Elephants and their diseases
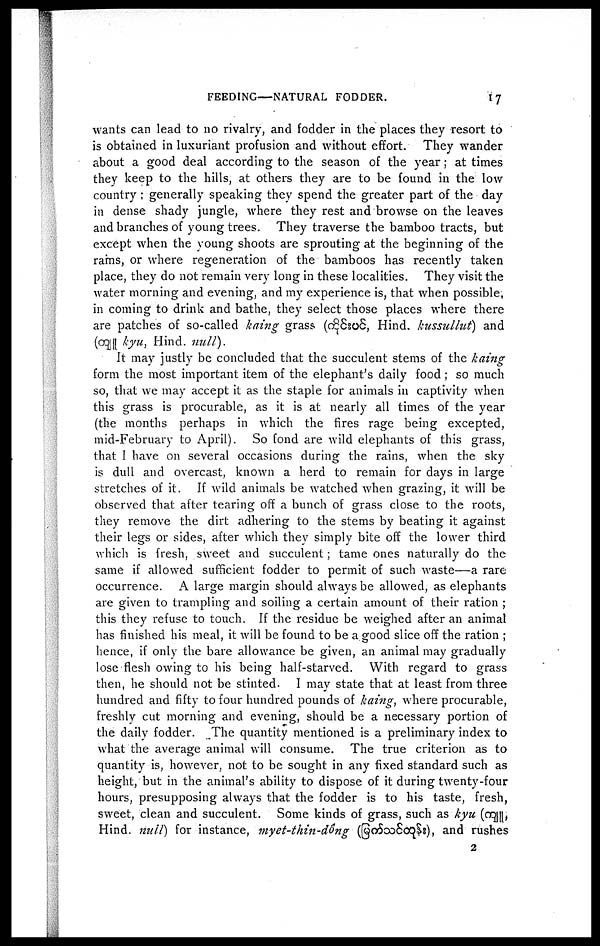
FEEDING—NATURAL FODDER.
17
wants can lead to no rivalry, and fodder in the places they resort to
is obtained in luxuriant profusion and without effort. They wander
about a good deal according to the season of the year; at times
they keep to the hills, at others they are to be found in the low
country ; generally speaking they spend the greater part of the day
in dense shady jungle, where they rest and browse on the leaves
and branches of young trees. They traverse the bamboo tracts, but
except when the young shoots are sprouting at the beginning of the
rains, or where regeneration of the bamboos has recently taken
place, they do not remain very long in these localities. They visit the
water morning and evening, and my experience is, that when possible,
in coming to drink and bathe, they select those places where there
are patches of so-called lining grass (
, Hind. kussulluf) and
(
kyu, Hind. null).
It may justly be concluded that the succulent stems of the kaing
form the most important item of the elephant's daily food; so much
so, that we may accept it as the staple for animals in captivity when
this grass is procurable, as it is at nearly all times of the year
(the months perhaps in which the fires rage being excepted,
mid-February to April). So fond are wild elephants of this grass,
that I have on several occasions during the rains, when the sky
is dull and overcast, known a herd to remain for days in large
stretches of it. If wild animals be watched when grazing, it will be
observed that after tearing off a bunch of grass close to the roots,
they remove the dirt adhering to the stems by beating it against
their legs or sides, after which they simply bite off the lower third
which is fresh, sweet and succulent; tame ones naturally do the
same if allowed sufficient fodder to permit of such waste—a rare
occurrence. A large margin should always be allowed, as elephants
are given to trampling and soiling a certain amount of their ration ;
this they refuse to touch. If the residue be weighed after an animal
has finished his meal, it will be found to be a good slice off the ration ;
hence, if only the bare allowance be given, an animal may gradually
lose flesh owing to his being half-starved. With regard to grass
then, he should not be stinted. I may state that at least from three
hundred and fifty to four hundred pounds of kaing, where procurable,
freshly cut morning and evening, should be a necessary portion of
the daily fodder. The quantity mentioned is a preliminary index to
what the average animal will consume. The true criterion as to
quantity is, however, not to be sought in any fixed standard such as
height, but in the animal's ability to dispose of it during twenty-four
hours, presupposing always that the fodder is to his taste, fresh,
sweet, clean and succulent. Some kinds of grass, such as kyu ( ,
Hind. null) for instance, myet-thin-dong (
), and rushes
2